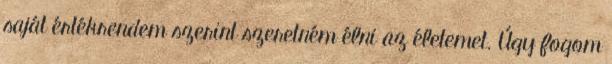
saját értékrendem szerint szeretném élni az életemet. Úgy fogom